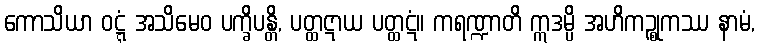
ကောသိယာ ဝဋ္ဋံ အသိမေဝ ပက္ခိပန္တိ, ပတ္ထဋာယ ပတ္ထဋံ။ ကရဏ္ဍာတိ ဣဒမ္ပိ အဟိကဉ္စုကဿ နာမံ,